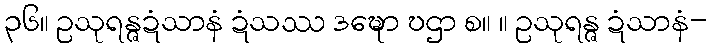
၃၆။ ဥသုရန္ဇဍံသာနံ ဍံသဿ ဒဍ္ဎော ဎဌာ စ။ ။ ဥသုရန္ဇ ဍံသာနံ-